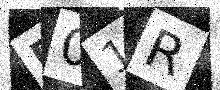
Text: R01R